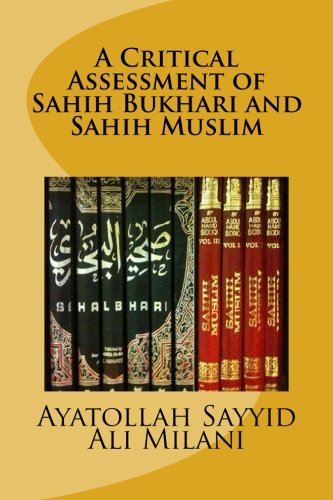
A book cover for A Critical Assessment of Sahih Bukhari and Sahih Muslim; Ayatollah Sayyid Ali Milani; Religion & Spirituality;